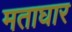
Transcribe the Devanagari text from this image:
मताघार